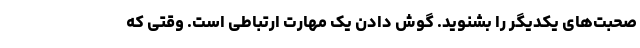
صحبت‌های یکدیگر را بشنوید. گوش دادن یک مهارت ارتباطی است. وقتی که